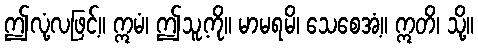
ဤလုံ့လဖြင့်။ ဣမံ၊ ဤသူ့ကို။ မာမရမိ၊ သေစေအံ့။ ဣတိ၊ သို့။